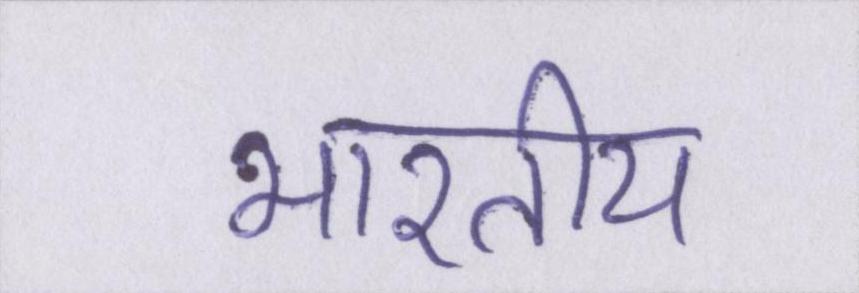
भारतीय